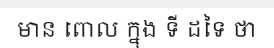
មាន ពោល ក្នុង ទី ដទៃ ថា